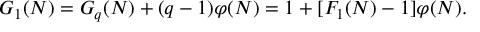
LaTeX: G _ { 1 } ( N ) = G _ { q } ( N ) + ( q - 1 ) \varphi ( N ) = 1 + [ F _ { 1 } ( N ) - 1 ] \varphi ( N ) .